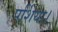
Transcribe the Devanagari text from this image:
पर्शिया।